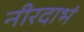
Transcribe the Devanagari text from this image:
नीरदाभं